Source: Handwritten
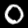
Digit: ၀ (0)